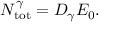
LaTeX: N _ { \mathrm { t o t } } ^ { \gamma } = D _ { \gamma } E _ { 0 } .